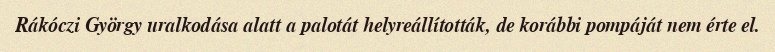
Rákóczi György uralkodása alatt a palotát helyreállították, de korábbi pompáját nem érte el.